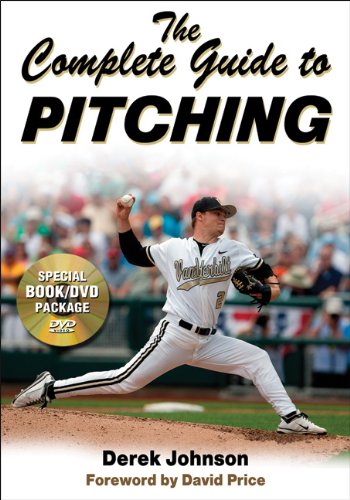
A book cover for Complete Guide to Pitching, The; Derek Johnson; Sports & Outdoors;